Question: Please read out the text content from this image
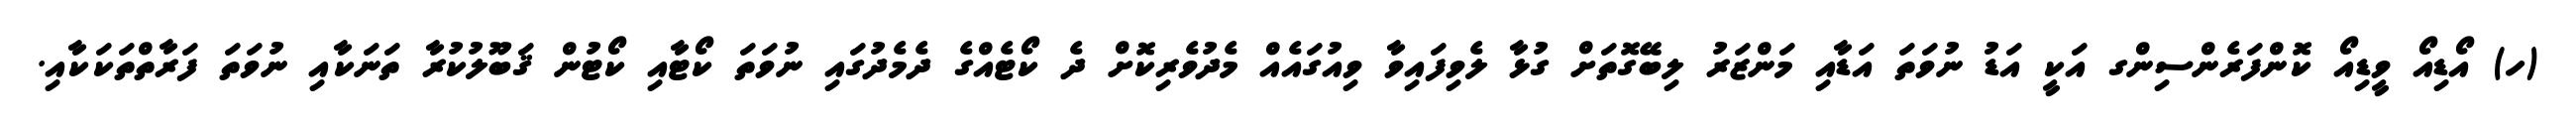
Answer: (ހ) އޯޑިއޯ ވީޑިއޯ ކޮންފަރެންސިންގ އަކީ އަޑު ނުވަތަ އަޑާއި މަންޒަރު ލިބޭގޮތަށް ގުޅާ ލެވިފައިވާ ވިއުގައެއް މެދުވެރިކޮށް ދެ ކޯޓެއްގެ ދެމެދުގައި ނުވަތަ ކޯޓާއި ކޯޓުން ޤަބޫލުކުރާ ތަނަކާއި ނުވަތަ ފަރާތްތަކަކާއި.